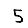
Digit: 5